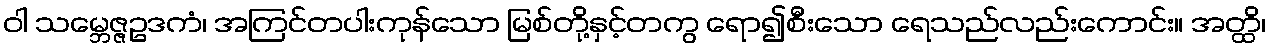
ဝါ သမ္ဘေဇ္ဇဥဒကံ၊ အကြင်တပါးကုန်သော မြစ်တို့နှင့်တကွ ရော၍စီးသော ရေသည်လည်းကောင်း။ အတ္ထိ၊